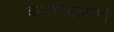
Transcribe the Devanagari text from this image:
वाटण्याजोगी